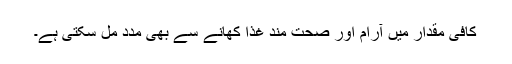
کافی مقدار میں آرام اور صحت مند غذا کھانے سے بھی مدد مل سکتی ہے۔